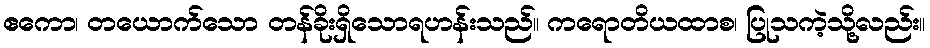
ဧကော၊ တယောက်သော တန်ခိုးရှိသောရဟန်းသည်။ ကရောတိယထာစ၊ ပြုသကဲ့သို့လည်း။